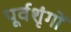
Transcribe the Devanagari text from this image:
पूर्वशृंगों